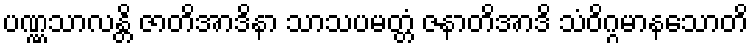
ပဏ္ဏသာလန္တိ ဇာတိအာဒိနာ သာသပမတ္တံ ဇနာတိအာဒိ သံဝိဂ္ဂမာနသောတိ